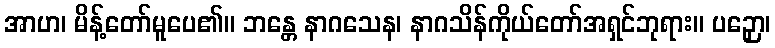
အာဟ၊ မိန့်တော်မူပေ၏။ ဘန္တေ နာဂသေန၊ နာဂသိန်ကိုယ်တော်အရှင်ဘုရား။ ပဉှော၊